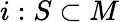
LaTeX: i:S\subset M